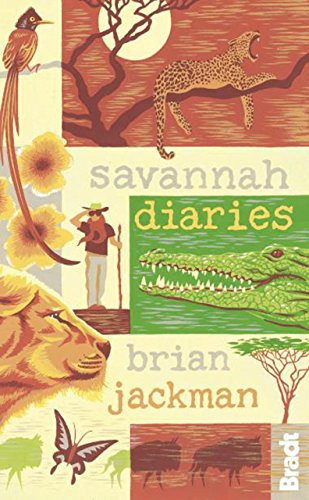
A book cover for Savannah Diaries (Bradt Travel Narratives); Brian Jackman; Travel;